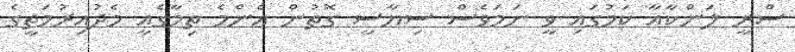
ސްރީ ލަންކާއާ ކަމުގައި ވީ ނަމަވެސް ސިޔާސީ ގޮތުން އެންމެ ތިމާގެއީ މެދުއިރުމަތީގެ